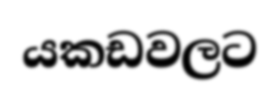
යකඩවලට